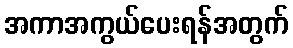
အကာအကွယ်ပေးရန်အတွက်